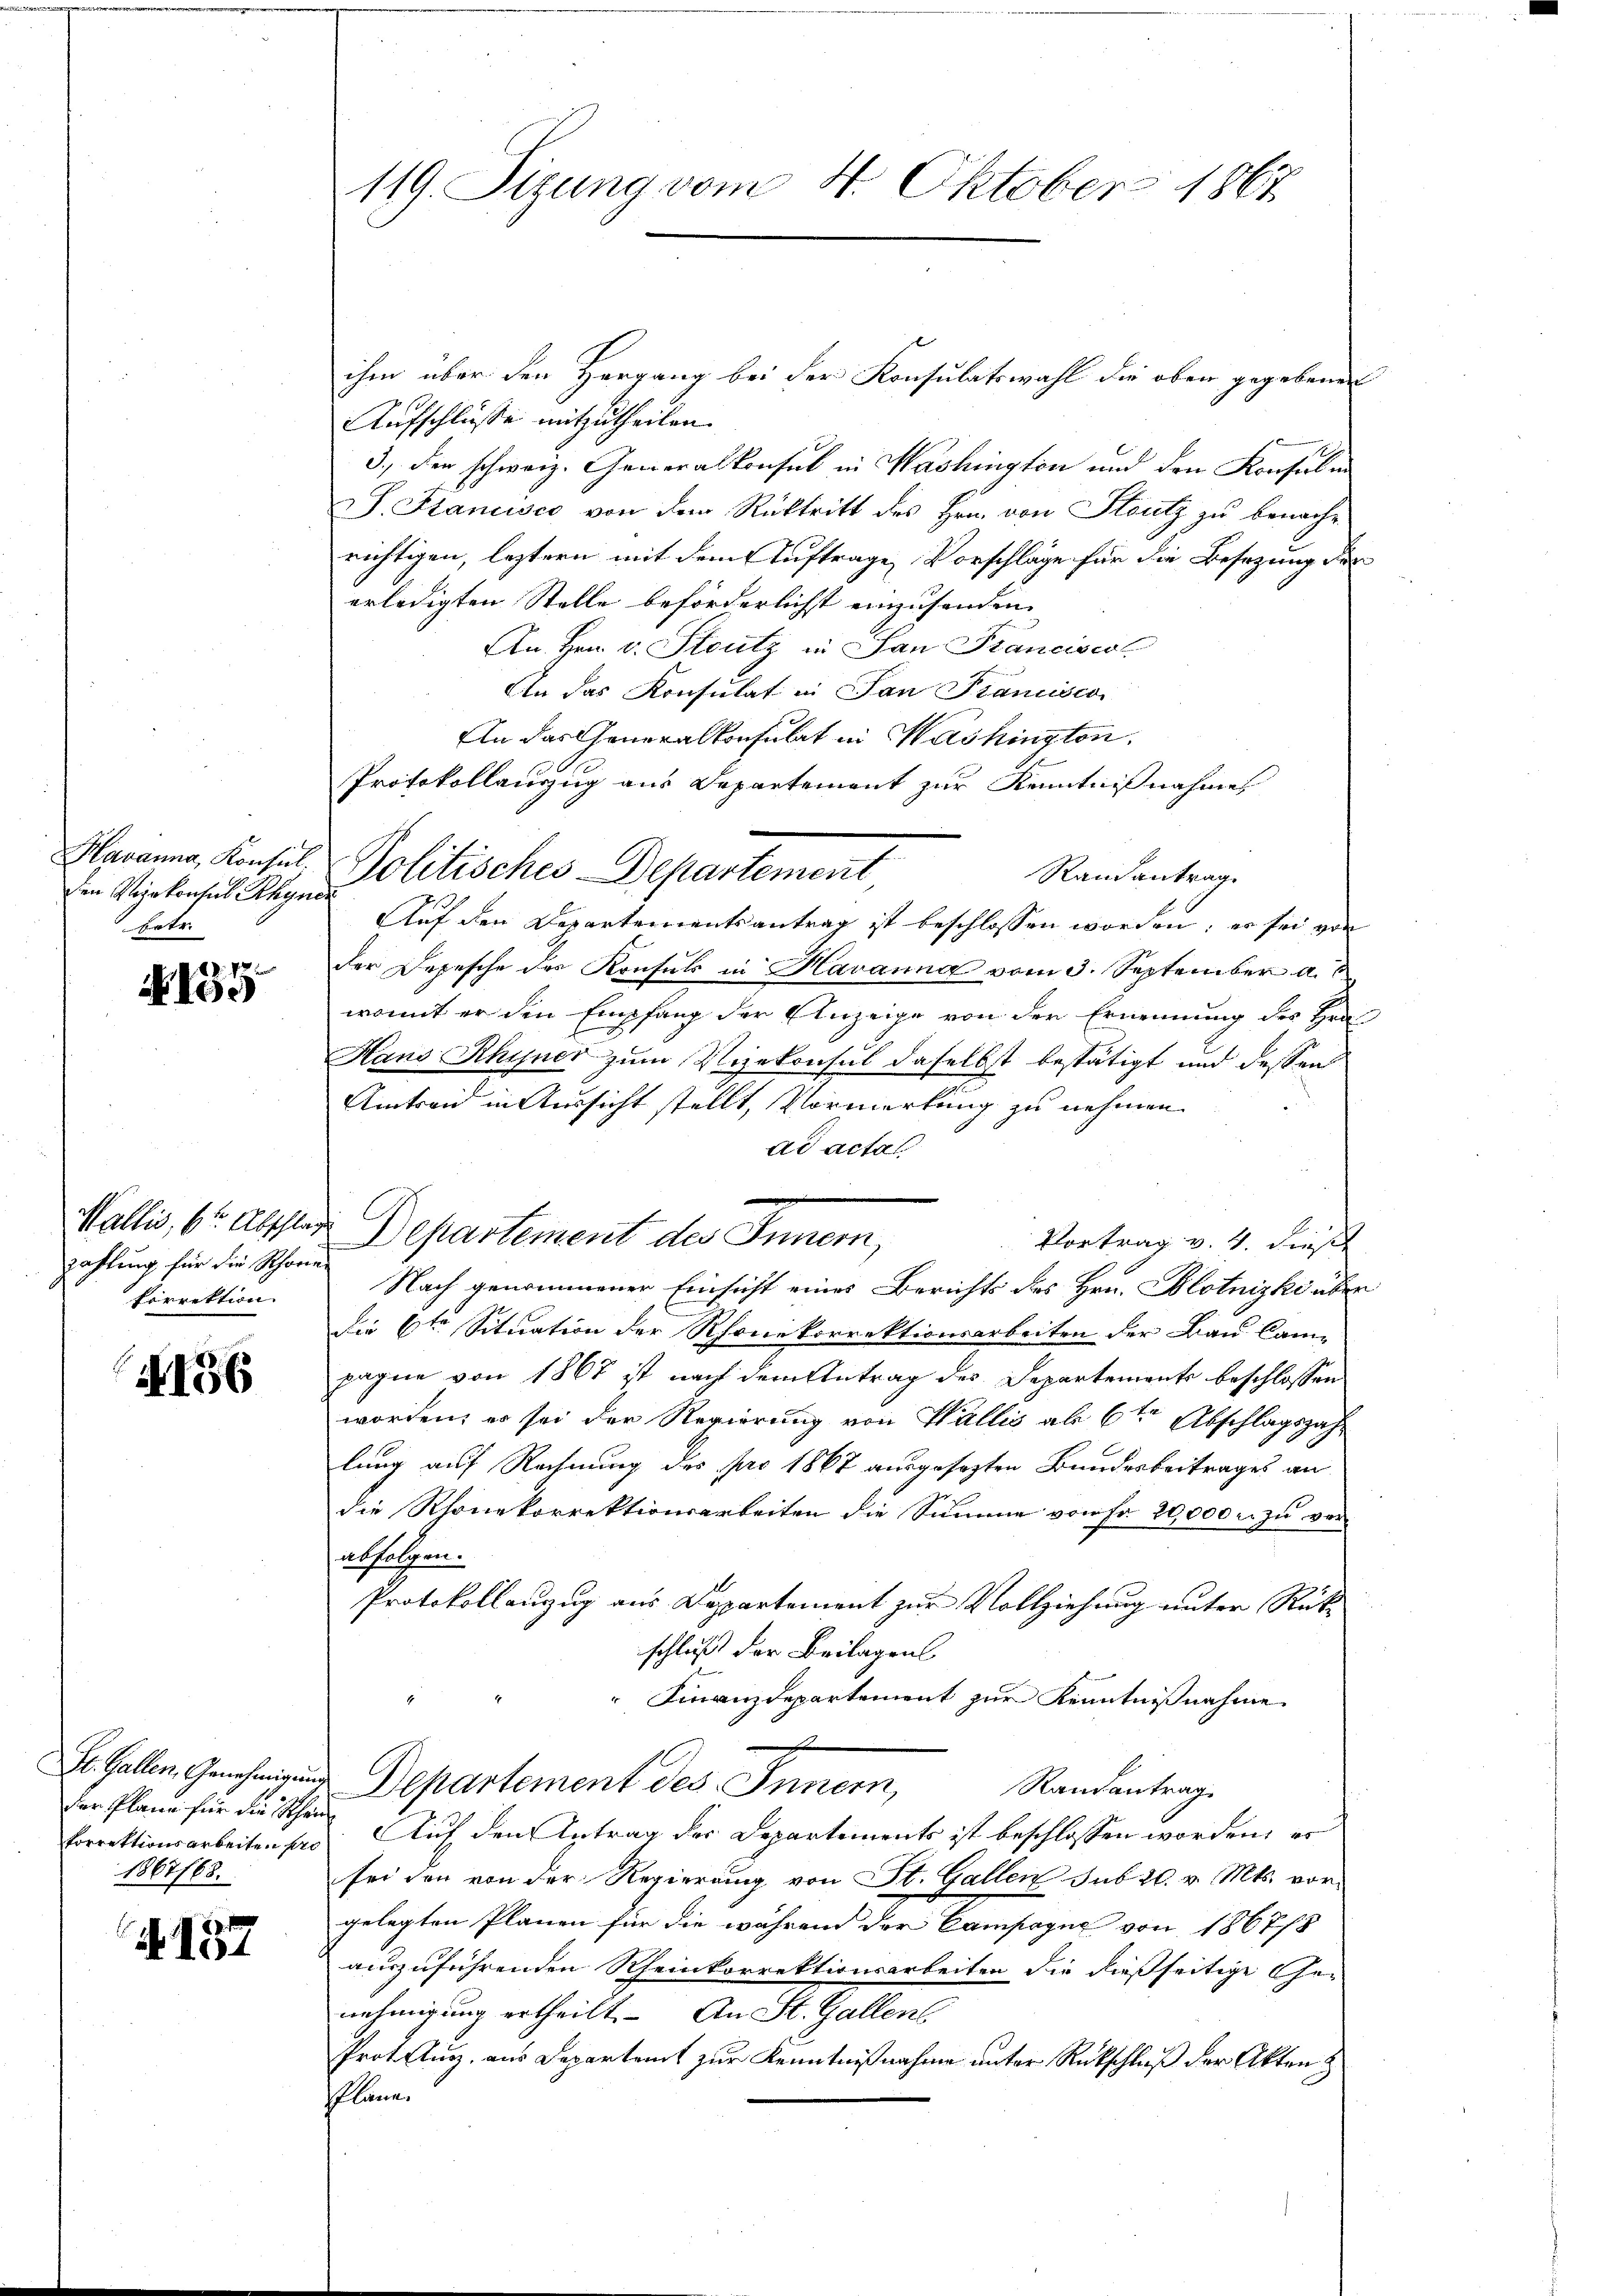
Havanna, Konsil.
den Vizekonsul Rhyn
heten

4 x
Nod

Wallis, 6t Abschlag
zahlung für die Schore
kirrektion

156

St. Gallen, Genehmigung
der Plane für die Scheikorrektionsarbeiten pre
1867/68.

A 157

119. Sizung vom 4. Oktober 1867

ihm über den Hergang bei der Konsulatswahl die ober gegebenen
Aufschlüsse mitzutheilen.
3., der schweiz. Generalkonsul in Washington und den Konsul in
S. Francisco von dem Rücktritt des Hrn. von Stutz zu benachrichtigen, leztern mit dem Auftrage Vorschläge für die Besizung der
erledigten Stelle beförderlichst einzusenden.
An Hrn. v. Stutz in San Franciscol
An das Konsulat in Jan Pianisco
An das Generalkonsulat in Washington.
Protokollanzzug aus Departement zur Kenntnißnahme
Politisches Departement
Randantrag
Auf den Departementsantrag ist beschlossen worden; er sei von
der Depesche des Konsuls in Havanna vom 3. September a. b.
womit er den Empfang der Anzeige von der Ernennung des Hrn
Haus Rhyner zum Vizekonsul daselbst bestätigt und dessen
Amtrand in Aussicht stellt, Vormerkung zu nehmen.
ad actal
Departement des Innern,
Vortrag v. 4. dies
Nach genommener Einsicht eines Berichts des Hrn. Blotnizki übe
Die 6ten Situation der Rhonekorrektionsarbeiten der Bau Campagne von 1867 ist nach dem Antrag des Departements beschlossen
worden, es sei der Regierung von Wallis ab 6ten Abschlagszahlung auf Rechnung des pro 1867 ausgesezten Bundesbeitrages an
die Rhonekorrektionsarbeiten die Summe von Fr. 20,000 u. zu verabfolgen.
Protokollanzug aus Departement zur Vollziehung unter Rück-
schluß der Beilagen
" Finanzdepartement zur Kenntnißnahme
Departement des Innern,
Randantrag
Auf den Antrag der Departements ist beschlossen worden, er
sei den von der Regierung von St. Gallen sub 20. v. Mts. vor-
gelegten Plänen für die während der Campagnie von 1867/8
auszuführenden Rheinkorrektionsarbeiten die dießseitige Ge-
nehmigung ertheilt. An St. Gallens
Protsturz, aus Departamt zur Kenntnißnahme unter Rückschluß der Akten
Pläne.